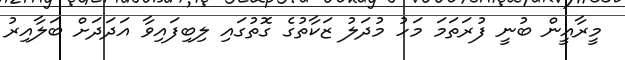
މީރާއީން ބުނީ ފުރަތަމަ މަހު މުދަލު ޒަކާތުގެ ގޮތުގައި ލިބިފައިވާ އަދަދަށް ބަލާއިރު